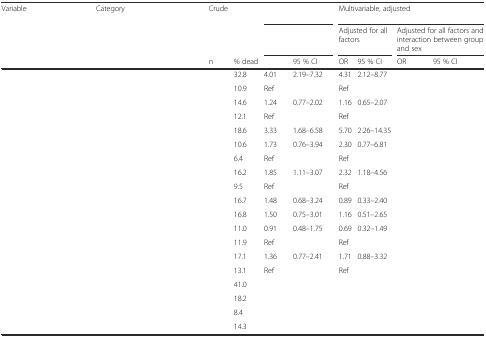
<table><thead><tr><td><b>Variable</b></td><td><b>Category</b></td><td><b>Crude</b></td><td>[EMPTY_CELL]</td><td colspan="2">[EMPTY_CELL]</td><td colspan="4"><b>Multivariable, adjusted</b></td></tr><tr><td>[EMPTY_CELL]</td><td>[EMPTY_CELL]</td><td>[EMPTY_CELL]</td><td>[EMPTY_CELL]</td><td colspan="2">[EMPTY_CELL]</td><td colspan="2"><b>Adjusted for all factors</b></td><td colspan="2"><b>Adjusted for all factors and interaction between group and sex</b></td></tr><tr><td>[EMPTY_CELL]</td><td>[EMPTY_CELL]</td><td><b>n</b></td><td><b>% dead</b></td><td>[EMPTY_CELL]</td><td><b>95 % CI</b></td><td><b>OR</b></td><td><b>95 % CI</b></td><td><b>OR</b></td><td><b>95 % CI</b></td></tr></thead><tbody><tr><td>[EMPTY_CELL]</td><td>[EMPTY_CELL]</td><td>[EMPTY_CELL]</td><td>32.8</td><td>4.01</td><td>2.19–7.32</td><td>4.31</td><td>2.12–8.77</td><td>[EMPTY_CELL]</td><td>[EMPTY_CELL]</td></tr><tr><td>[EMPTY_CELL]</td><td>[EMPTY_CELL]</td><td>[EMPTY_CELL]</td><td>10.9</td><td>Ref</td><td>[EMPTY_CELL]</td><td>Ref</td><td>[EMPTY_CELL]</td><td>[EMPTY_CELL]</td><td>[EMPTY_CELL]</td></tr><tr><td>[EMPTY_CELL]</td><td>[EMPTY_CELL]</td><td>[EMPTY_CELL]</td><td>14.6</td><td>1.24</td><td>0.77–2.02</td><td>1.16</td><td>0.65–2.07</td><td>[EMPTY_CELL]</td><td>[EMPTY_CELL]</td></tr><tr><td>[EMPTY_CELL]</td><td>[EMPTY_CELL]</td><td>[EMPTY_CELL]</td><td>12.1</td><td>Ref</td><td>[EMPTY_CELL]</td><td>Ref</td><td>[EMPTY_CELL]</td><td>[EMPTY_CELL]</td><td>[EMPTY_CELL]</td></tr><tr><td>[EMPTY_CELL]</td><td>[EMPTY_CELL]</td><td>[EMPTY_CELL]</td><td>18.6</td><td>3.33</td><td>1.68–6.58</td><td>5.70</td><td>2.26–14.35</td><td>[EMPTY_CELL]</td><td>[EMPTY_CELL]</td></tr><tr><td>[EMPTY_CELL]</td><td>[EMPTY_CELL]</td><td>[EMPTY_CELL]</td><td>10.6</td><td>1.73</td><td>0.76–3.94</td><td>2.30</td><td>0.77–6.81</td><td>[EMPTY_CELL]</td><td>[EMPTY_CELL]</td></tr><tr><td>[EMPTY_CELL]</td><td>[EMPTY_CELL]</td><td>[EMPTY_CELL]</td><td>6.4</td><td>Ref</td><td>[EMPTY_CELL]</td><td>Ref</td><td>[EMPTY_CELL]</td><td>[EMPTY_CELL]</td><td>[EMPTY_CELL]</td></tr><tr><td>[EMPTY_CELL]</td><td>[EMPTY_CELL]</td><td>[EMPTY_CELL]</td><td>16.2</td><td>1.85</td><td>1.11–3.07</td><td>2.32</td><td>1.18–4.56</td><td>[EMPTY_CELL]</td><td>[EMPTY_CELL]</td></tr><tr><td>[EMPTY_CELL]</td><td>[EMPTY_CELL]</td><td>[EMPTY_CELL]</td><td>9.5</td><td>Ref</td><td>[EMPTY_CELL]</td><td>Ref</td><td>[EMPTY_CELL]</td><td>[EMPTY_CELL]</td><td>[EMPTY_CELL]</td></tr><tr><td>[EMPTY_CELL]</td><td>[EMPTY_CELL]</td><td>[EMPTY_CELL]</td><td>16.7</td><td>1.48</td><td>0.68–3.24</td><td>0.89</td><td>0.33–2.40</td><td>[EMPTY_CELL]</td><td>[EMPTY_CELL]</td></tr><tr><td>[EMPTY_CELL]</td><td>[EMPTY_CELL]</td><td>[EMPTY_CELL]</td><td>16.8</td><td>1.50</td><td>0.75–3.01</td><td>1.16</td><td>0.51–2.65</td><td>[EMPTY_CELL]</td><td>[EMPTY_CELL]</td></tr><tr><td>[EMPTY_CELL]</td><td>[EMPTY_CELL]</td><td>[EMPTY_CELL]</td><td>11.0</td><td>0.91</td><td>0.48–1.75</td><td>0.69</td><td>0.32–1.49</td><td>[EMPTY_CELL]</td><td>[EMPTY_CELL]</td></tr><tr><td>[EMPTY_CELL]</td><td>[EMPTY_CELL]</td><td>[EMPTY_CELL]</td><td>11.9</td><td>Ref</td><td>[EMPTY_CELL]</td><td>Ref</td><td>[EMPTY_CELL]</td><td>[EMPTY_CELL]</td><td>[EMPTY_CELL]</td></tr><tr><td>[EMPTY_CELL]</td><td>[EMPTY_CELL]</td><td>[EMPTY_CELL]</td><td>17.1</td><td>1.36</td><td>0.77–2.41</td><td>1.71</td><td>0.88–3.32</td><td>[EMPTY_CELL]</td><td>[EMPTY_CELL]</td></tr><tr><td>[EMPTY_CELL]</td><td>[EMPTY_CELL]</td><td>[EMPTY_CELL]</td><td>13.1</td><td>Ref</td><td>[EMPTY_CELL]</td><td>Ref</td><td>[EMPTY_CELL]</td><td>[EMPTY_CELL]</td><td>[EMPTY_CELL]</td></tr><tr><td>[EMPTY_CELL]</td><td>[EMPTY_CELL]</td><td>[EMPTY_CELL]</td><td>41.0</td><td>[EMPTY_CELL]</td><td>[EMPTY_CELL]</td><td>[EMPTY_CELL]</td><td>[EMPTY_CELL]</td><td>[EMPTY_CELL]</td><td>[EMPTY_CELL]</td></tr><tr><td>[EMPTY_CELL]</td><td>[EMPTY_CELL]</td><td>[EMPTY_CELL]</td><td>18.2</td><td>[EMPTY_CELL]</td><td>[EMPTY_CELL]</td><td>[EMPTY_CELL]</td><td>[EMPTY_CELL]</td><td>[EMPTY_CELL]</td><td>[EMPTY_CELL]</td></tr><tr><td>[EMPTY_CELL]</td><td>[EMPTY_CELL]</td><td>[EMPTY_CELL]</td><td>8.4</td><td>[EMPTY_CELL]</td><td>[EMPTY_CELL]</td><td>[EMPTY_CELL]</td><td>[EMPTY_CELL]</td><td>[EMPTY_CELL]</td><td>[EMPTY_CELL]</td></tr><tr><td>[EMPTY_CELL]</td><td>[EMPTY_CELL]</td><td>[EMPTY_CELL]</td><td>14.3</td><td>[EMPTY_CELL]</td><td>[EMPTY_CELL]</td><td>[EMPTY_CELL]</td><td>[EMPTY_CELL]</td><td>[EMPTY_CELL]</td><td>[EMPTY_CELL]</td></tr></tbody></table>